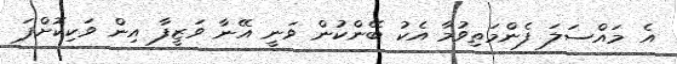
އެ މައްސަލަ ފެންމަތިވުމާ އެކު ބޭންކުން ވަނީ އޭނާ ވަޒީފާ އިން ވަކިކޮށްފަ